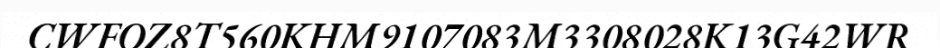
CWFOZ8T560KHM9107083M3308028K13G42WR